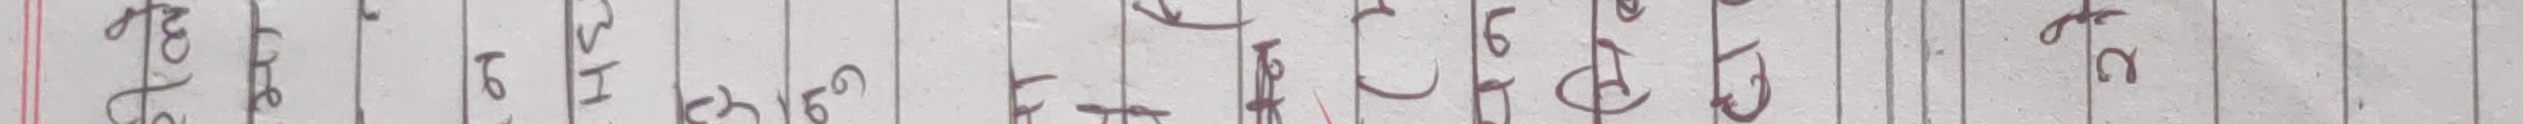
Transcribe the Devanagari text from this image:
६
६।६
फि ईन्टु हेर्ने कुरामा हँस्र
६ डिभिजन